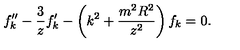
f _ { k } ^ { \prime \prime } - { \frac { 3 } { z } } f _ { k } ^ { \prime } - \left( k ^ { 2 } + { \frac { m ^ { 2 } R ^ { 2 } } { z ^ { 2 } } } \right) f _ { k } = 0 .